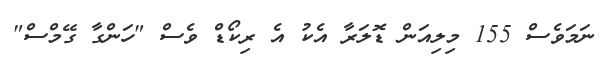
ނަމަވެސް 155 މިލިއަން ޑޮލަރާ އެކު އެ ރިކޯޑް ވެސް "ހަންގާ ގޭމްސް"